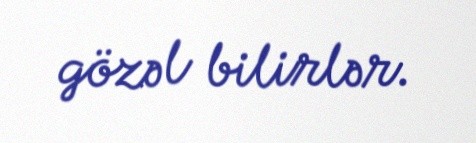
gözəl bilirlər.